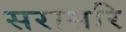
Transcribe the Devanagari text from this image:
सरासरि